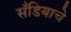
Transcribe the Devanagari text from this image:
सँडियाचे